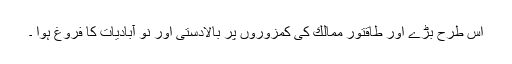
اس طرح بڑے اور طاقتور ممالك كی كمزوروں پر بالادستی اور نو آبادیات كا فروغ ہوا ۔